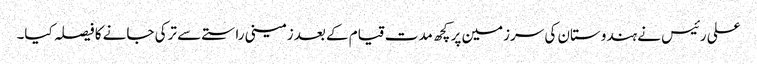
علی رئیس نے ہندوستان کی سرزمین پر کچھ مدت قیام کے بعد زمینی راستے سے ترکی جانے کا فیصلہ کیا۔